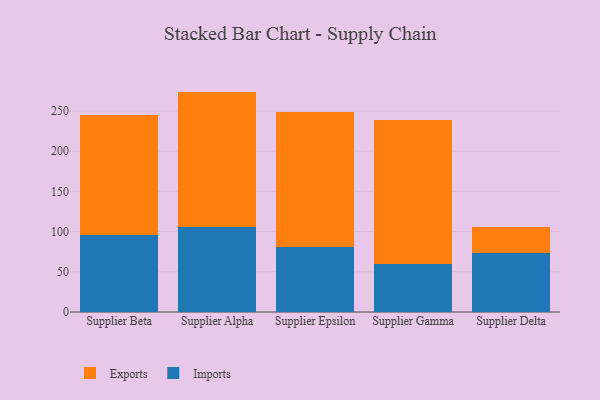
{"axis": {"x": "Supplier", "y": "Inventory Turnover"}, "legend": ["Exports", "Imports"], "data": [{"x": "Supplier Beta", "y": 96.2, "type": "Imports"}, {"x": "Supplier Beta", "y": 148.9, "type": "Exports"}, {"x": "Supplier Alpha", "y": 105.4, "type": "Imports"}, {"x": "Supplier Alpha", "y": 168.7, "type": "Exports"}, {"x": "Supplier Epsilon", "y": 81.2, "type": "Imports"}, {"x": "Supplier Epsilon", "y": 167.7, "type": "Exports"}, {"x": "Supplier Gamma", "y": 59.3, "type": "Imports"}, {"x": "Supplier Gamma", "y": 179.6, "type": "Exports"}, {"x": "Supplier Delta", "y": 72.8, "type": "Imports"}, {"x": "Supplier Delta", "y": 32.5, "type": "Exports"}]}